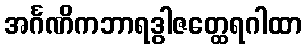
အင်္ဂဏိကဘာရဒွါဇတ္ထေရဂါထာ